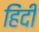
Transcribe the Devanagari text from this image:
हिंंदी